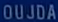
OUJDÅ